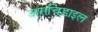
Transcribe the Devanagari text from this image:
अराचिडाइल